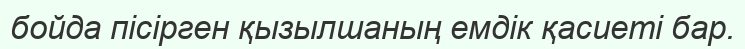
бойда пісірген қызылшаның емдік қасиеті бар.